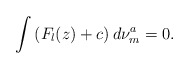
\begin{align*}\int\left(F_l(z)+c\right)d\nu_m^a=0.\end{align*}